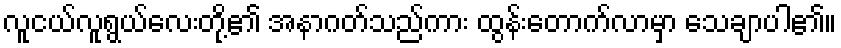
လူငယ်လူရွယ်လေးတို့၏ အနာဂတ်သည်ကား ထွန်းတောက်လာမှာ သေချာပါ၏။